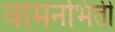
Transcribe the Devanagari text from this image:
वामनभिंती